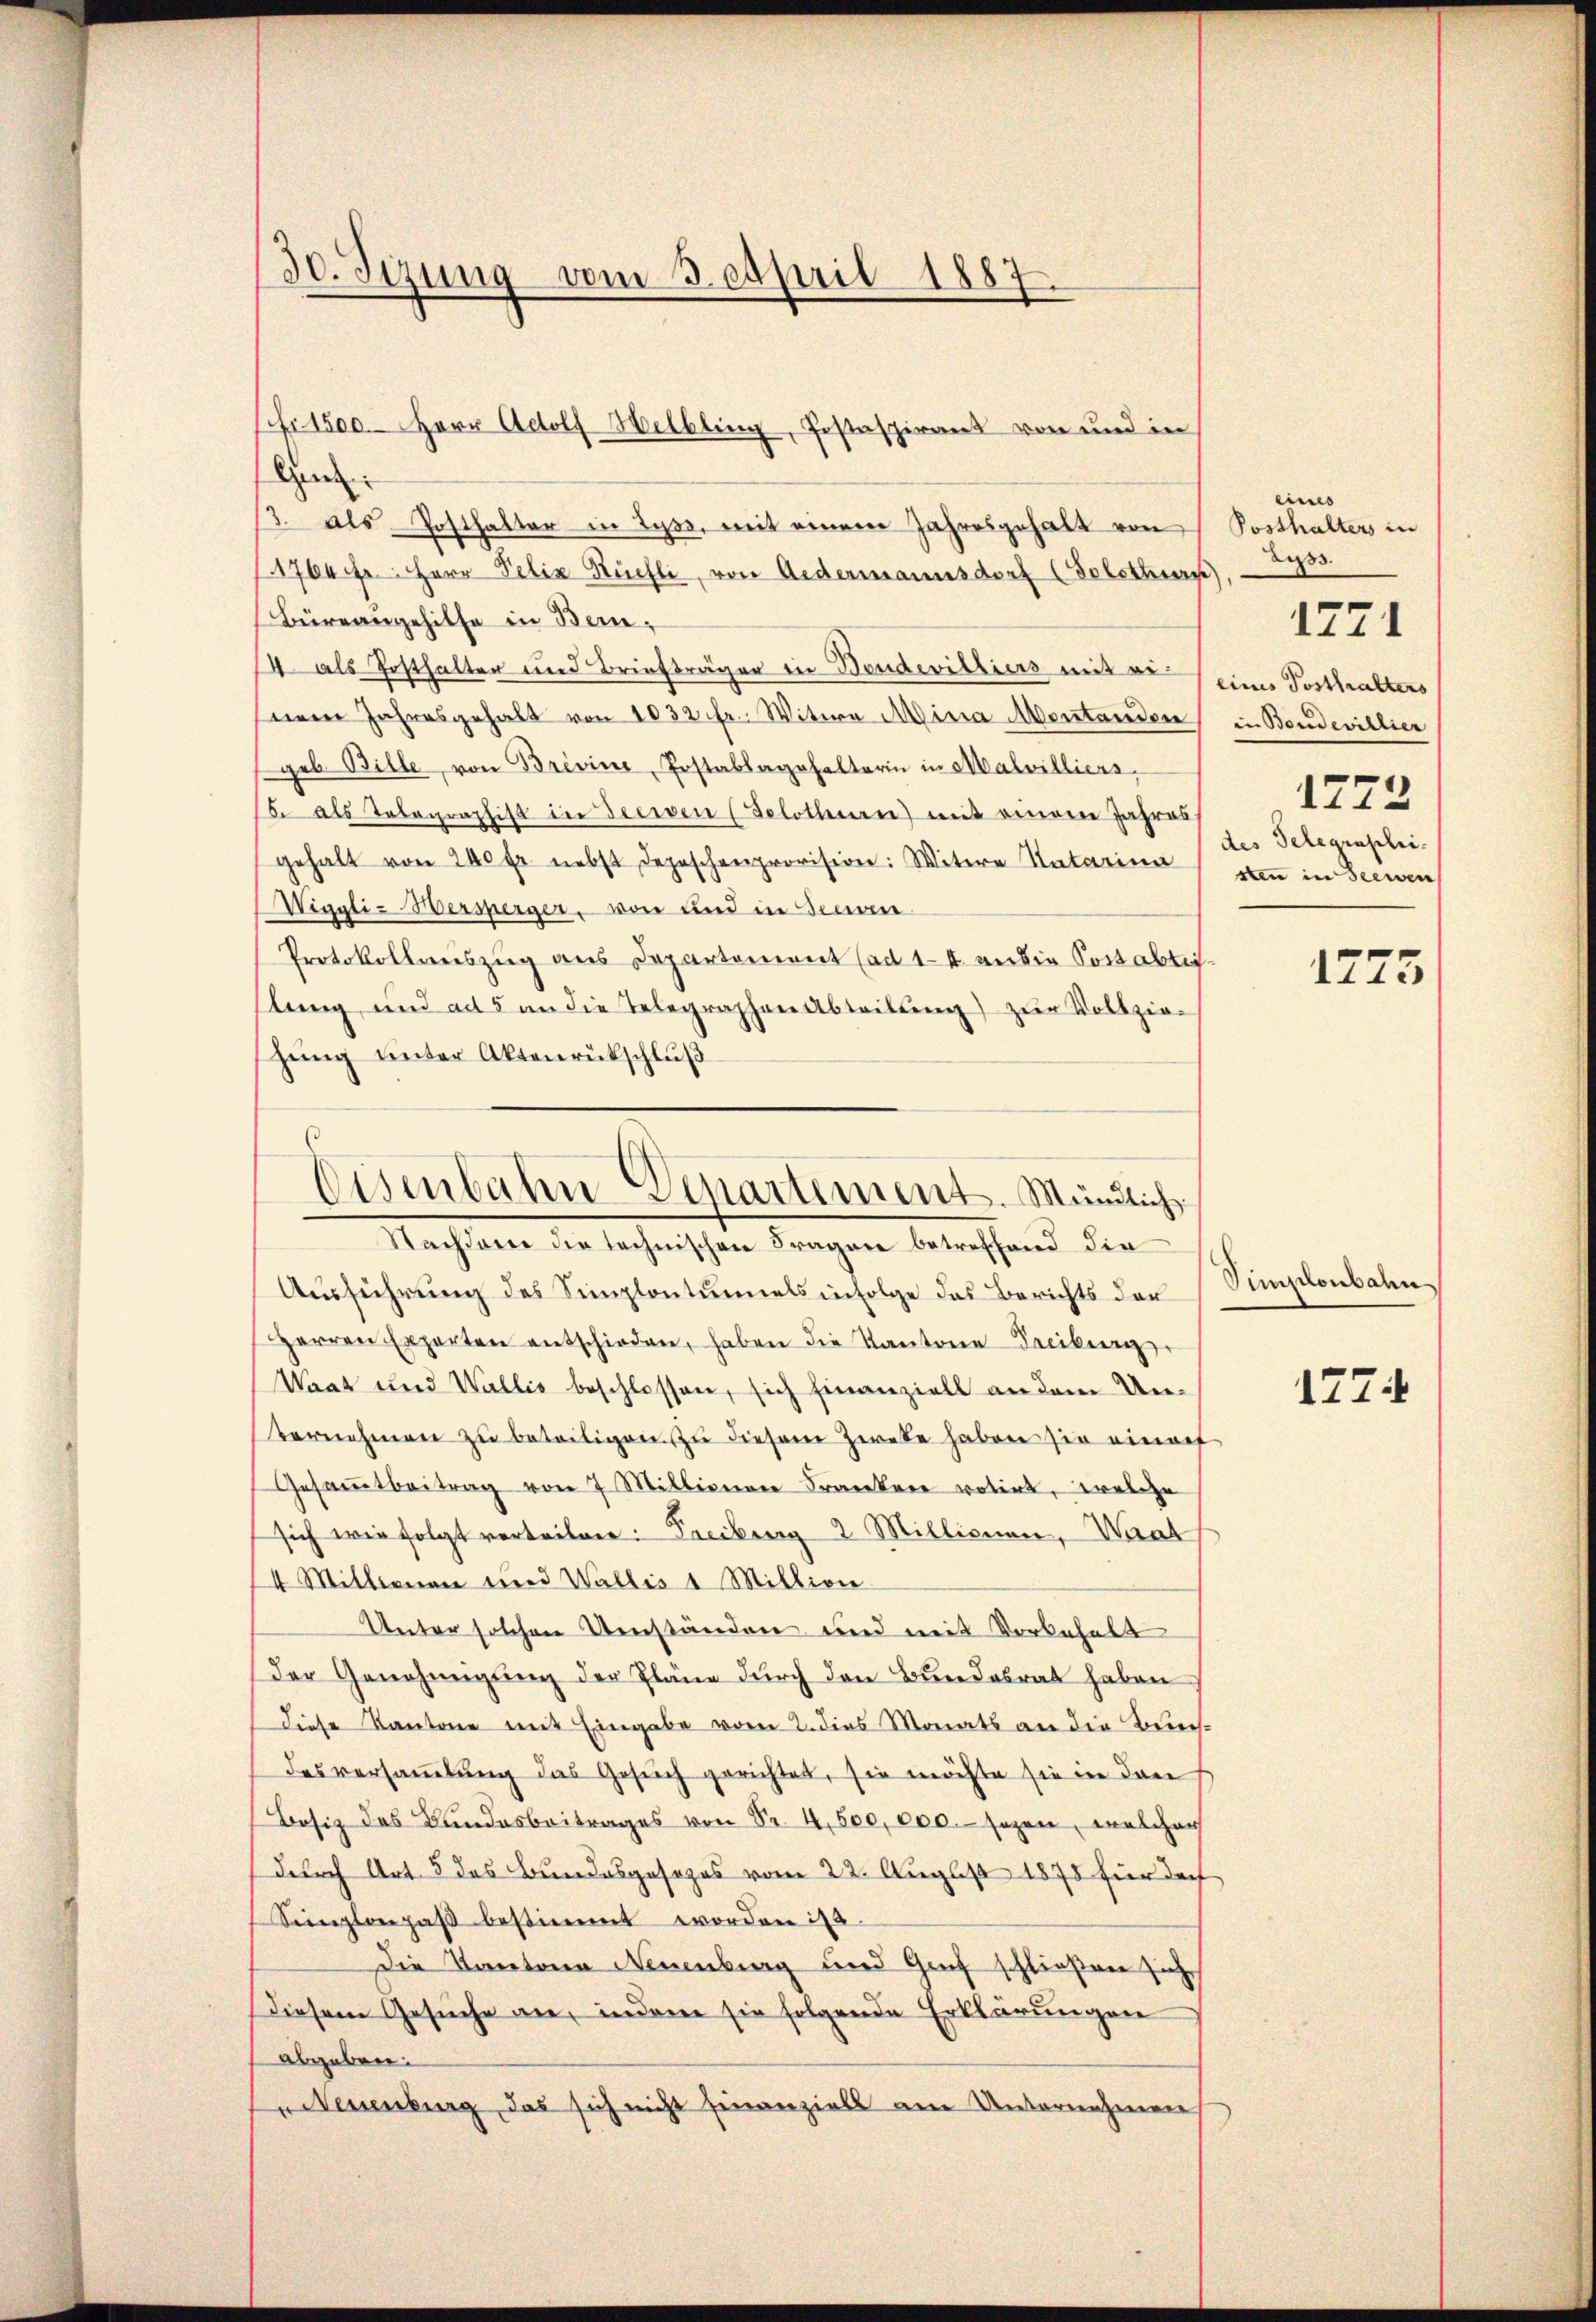
30. Sizung vom 3. April 1887.

Ge
/3. als Posthalter in Lyss, mit einem Jahresgehalt von Posthalters in
1764 Fr. Herr Pelix Kuchli, von Redermannsdorf (Solothurn)
Büreaugehilfe in Bei¬
14 als Posthalter und Briefträger in Bendevilliers mit einem Jahresgehalt von 1032 fr. Witwe Mina Montanden in Bondevillier
geb. Bille, von Brevine, Postablagehalterin in Malvilliers.
15 als Telegraphist in Seewen (Solothurn) mit einem Jahres
gehalt von 240 fr. nebst Depeschenprovision: Witere Untarina von in Seewen
Wigali-Versperger, von und in einen
Protokollauszug aus Departement (ad 14 an die Sortablis
lung und ad 5 an die Telegraphen Abteilŭng zŭr Vollzie-
zung unter Aktenrückschluß
Ausführung des Simplontunals infolge das Berichts der
Herren Experten entschieden, haben die Kantone Freiberg
Waat und Wallis beschlossen, sich finanziell an dem Un¬
Vernehmen zŭ beteiligen zu diesem Zwete haben sie einauf
Gesammtbeitrag von 7 Millionen Franker votirt, welche
sich wie folgt verteilen: Freiburg 2 Millionen, Waat
4 Mittenen und Wallis 1 Million
Unter solchen Umständen und mit Vorbehalt
der Genehmigung der Pläne durch den Bundesrat haben
diese Kantone mit Eingabe vom 2. dies Monats an die Buchdesversammlung das Gesuch gerichtet, sie möchte sie in den
Besiz des Bundesbeitrages von Sr. 4,600,000. sezen, welcher
durch Art. 5 des Bundesgesezes vom 22. August 1875 für doch
Senplanpaβ bestimmt worden ist.
Die Kantone Neuenburg und Graf schließen sich
Diesem Gesuche an, indem sie folgende Erklärungen
abgeben:
Neuenburg, das sich nicht hinanziell am Unternehmen

Cchr 1500. Herr Adolf Helbling, Postaspirant von und in

Disenbahn-Departement. Mündlich
Nachdene die technischen Fragen betreffend die

ein
dyss.
eines Posthalters
1772
des Telegraschei-

1771

1725

Pumplonbahn
1774